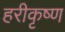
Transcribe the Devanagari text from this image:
हरीकृष्ण